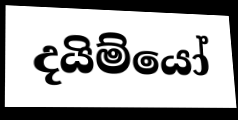
දයිම්යෝ